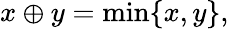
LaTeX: x\oplus y=\operatorname*{min}\{ x,y\} ,